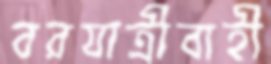
বরযাত্রীবাহী